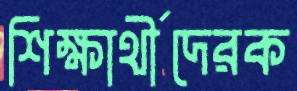
শিক্ষার্থীদেরক